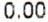
0.00